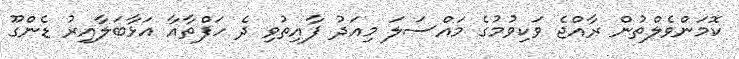
ކޮމަންވެލްތުން ރާއްޖެ ވަކިވުމުގެ މައްސަލަ މިއަދު ފާއިތުވި ދެ ހަފްތާއާ އަޅާބަލާއިރު ޑެންގޫ